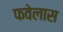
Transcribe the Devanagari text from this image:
फवेलास